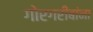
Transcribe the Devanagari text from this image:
गोरगरीबांना